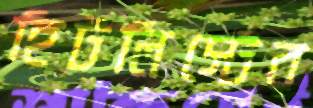
হিটলিস্টের